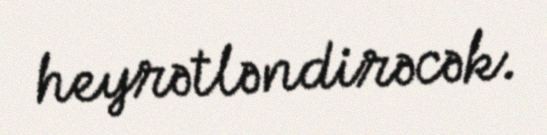
heyrətləndirəcək.